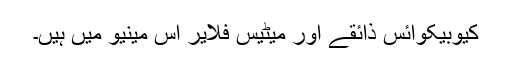
کیوبیکوائس ذائقے اور میٹیس فلایر اس مینیو میں ہیں۔